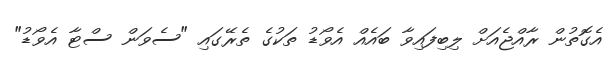
އެގޮތުން ރާއްޖެއަށް ލިބިފައިވާ ބައެއް އެވޯޑު ތަކުގެ ތެރޭގައި "ސެވަން ސްޓާ އެވޯޑު"